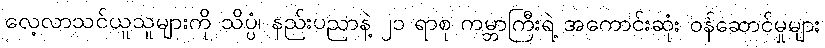
လေ့လာသင်ယူသူများကို သိပ္ပံ၊ နည်းပညာနဲ့ ၂၁ ရာစု ကမ္ဘာကြီးရဲ့ အကောင်းဆုံး ဝန်ဆောင်မှုများ